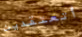
أتعتقدين